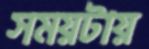
সময়টায়